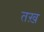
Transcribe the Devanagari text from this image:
तख़